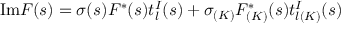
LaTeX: \mathrm { I m } F ( s ) = \sigma ( s ) F ^ { \ast } ( s ) t _ { l } ^ { I } ( s ) + \sigma _ { ( K ) } F _ { ( K ) } ^ { \ast } ( s ) t _ { l ( K ) } ^ { I } ( s )